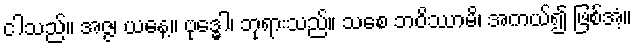
ငါသည်။ အဇ္ဇ၊ ယနေ့။ ဗုဒ္ဓေါ၊ ဘုရားသည်။ သစေ ဘဝိဿာမိ၊ အကယ်၍ ဖြစ်အံ့။